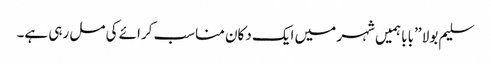
سلیم بولا ’’بابا ہمیں شہر میں ایک دکان مناسب کرائے کی مل رہی ہے۔